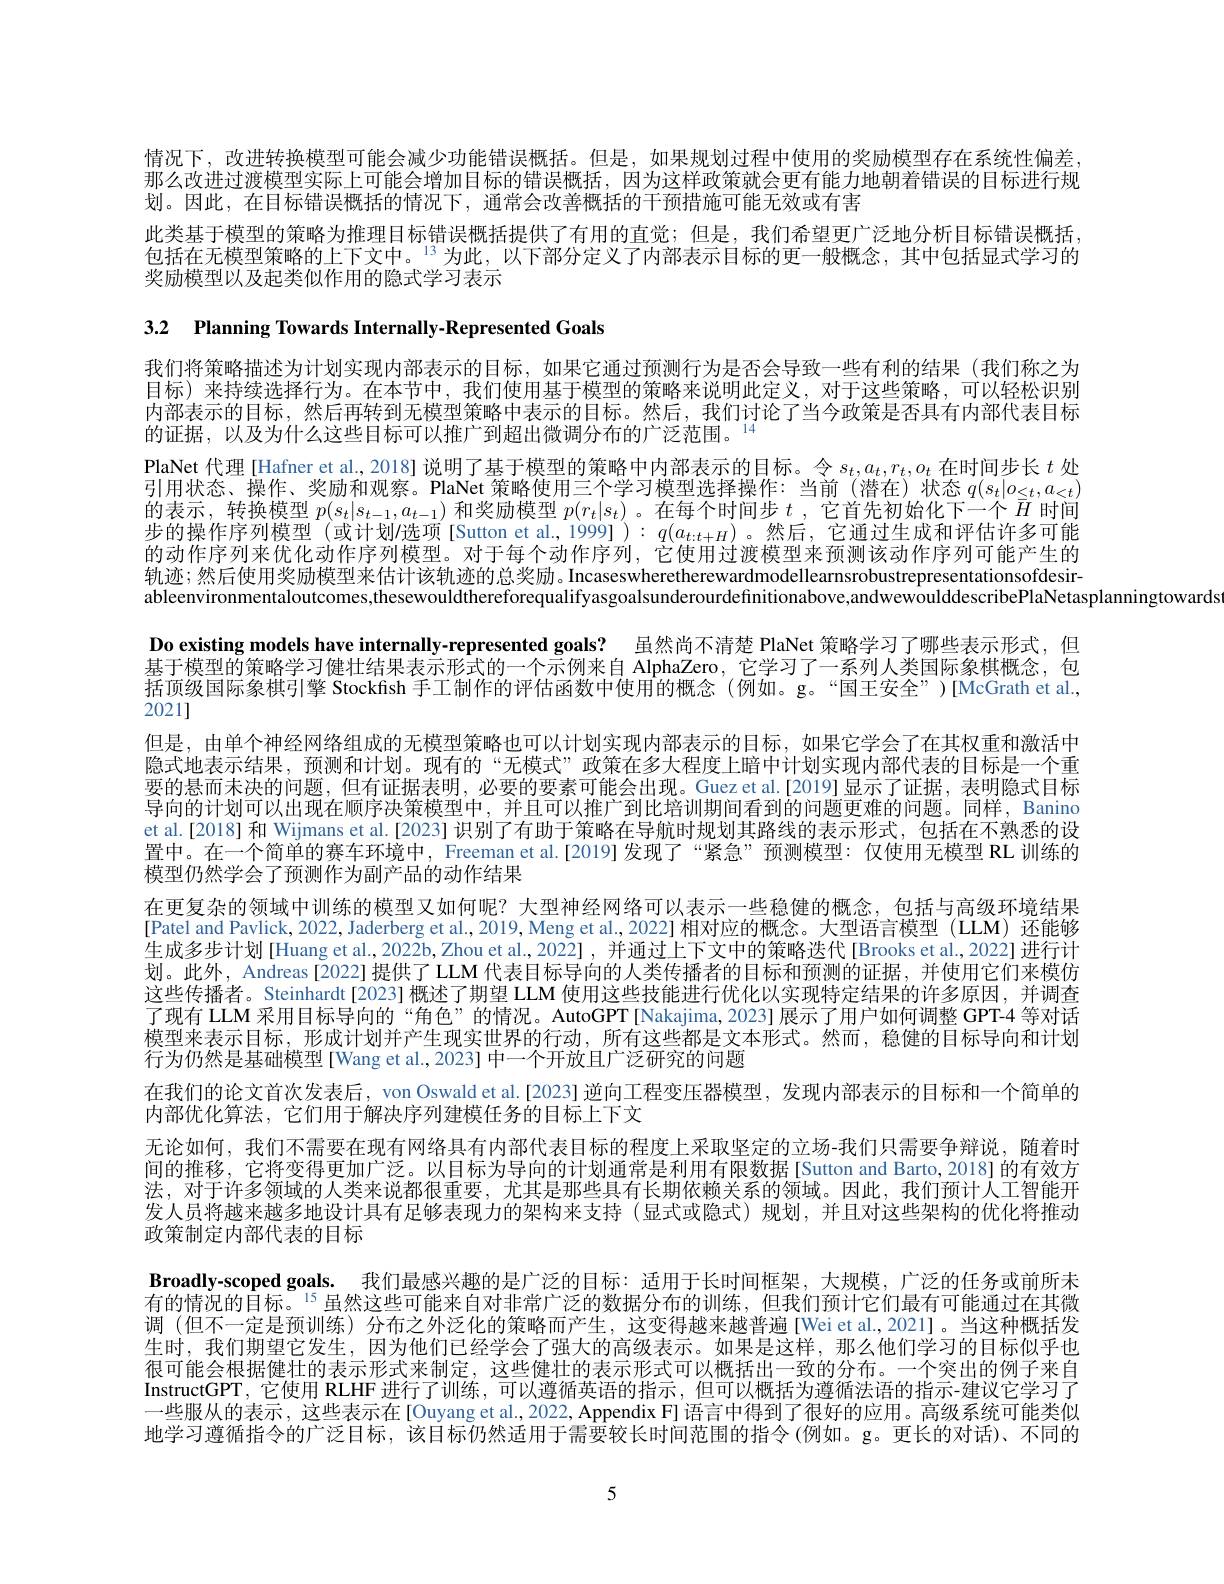
情况下，改进转换模型可能会减少功能错误概括。但是，如果规划过程中使用的奖励模型存在系统性偏差， 那么改进过渡模型实际上可能会增加目标的错误概括，因为这样政策就会更有能力地朝着错误的目标进行规划。因此，在目标错误概括的情况下，通常会改善概括的干预措施可能无效或有害
此类基于模型的策略为推理目标错误概括提供了有用的直觉；但是，我们希望更广泛地分析目标错误概括包括在无模型策略的上下文中。$^{13}$为此，以下部分定义了内部表示目标的更一般概念，其中包括显式学习的奖励模型以及起类似作用的隐式学习表示

括顶级国际象棋引擎 Stockfish 手工制作的评估函数中使用的概念(例如。g。“国王安全”)[McGrath et al.,
2021]

3.2 Planning Towards Internally-Represented Goals
我们将策略描述为计划实现内部表示的目标，如果它通过预测行为是否会导致一些有利的结果(我们称之为目标)来持续选择行为。在本节中，我们使用基于模型的策略来说明此定义，对于这些策略，可以轻松识别内部表示的目标，然后再转到无模型策略中表示的目标。然后，我们讨论了当今政策是否具有内部代表目标的证据。以及为什么这些目标可以推广到超出微调分布的广泛范围。$^{14}$
PlaNet 代理 [Hafner et al., 2018] 说明了基于模型的策略中内部表示的目标。令$s_t,a_t,r_t,o_t$在时间步长$t$处引用状态、操作、奖励和观察。PlaNet 策略使用三个学习模型选择操作：当前(潜在)状态$q(s_t|o_{<t},a_{<t})$ 的表示，转换模型$p(s_t|s_{t-1},a_{t-1})$和奖励模型$p(r_t|s_t)$ 。在每个时间步$t$ ,它首先初始化下一个$\bar{H}$时间步的操作序列模型(或计划$\prime$选项[Sutton et al,1999]):$q(a_t:t+H)$。然后，它通过生成和评估许多可能的动作序列来优化动作序列模型。对于每个动作序列，它使用过渡模型来预测该动作序列可能产生的轨迹；然后使用奖励模型来估计该轨迹的总奖励。Incaseswheretherewardmodellearnsrobustrepresentationsofdesirableenvironmentaloutcomes,thesewouldthereforequalifyasgoalsunderourdefinitionabove,andwewoulddescribePlaNetasplanningtowards
Do existing models have internally-represented goals? 虽然尚不清楚 PlaNet 策略学习了哪些表示形式，但基于模型的策略学习健壮结果表示形式的一个示例来自 AlphaZero, 它学习了一系列人类国际象棋概念，包但是，由单个神经网络组成的无模型策略也可以计划实现内部表示的目标，如果它学会了在其权重和激活中隐式地表示结果，预测和计划。现有的“无模式”政策在多大程度上暗中计划实现内部代表的目标是一个重要的悬而未决的问题，但有证据表明，必要的要素可能会出现。Guez et al.[2019]显示了证据，表明隐式目标导向的计划可以出现在顺序决策模型中，并且可以推广到比培训期间看到的问题更难的问题。同样，Banino et al.[2018] 和 Wijmans et al.[2023] 识别了有助于策略在导航时规划其路线的表示形式，包括在不熟悉的设置中。在一个简单的赛车环境中，Freeman et al.[2019]发现了“紧急”预测模型：仅使用无模型 RL 训练的模型仍然学会了预测作为副产品的动作结果
在更复杂的领域中训练的模型又如何呢？大型神经网络可以表示一些稳健的概念，包括与高级环境结果[Patel and Pavlick, 2022, Jaderberg et al., 2019, Meng et al., 2022] 相对应的概念。大型语言模型(LLM)还能够生成多步计划[Huang et al., 2022b, Zhou et al., 2022] , 并通过上下文中的策略迭代[Brooks et al., 2022] 进行计划。此外，Andreas[2022] 提供了 LLM 代表目标导向的人类传播者的目标和预测的证据，并使用它们来模仿这些传播者。Steinhardt[2023]概述了期望 LLM 使用这些技能进行优化以实现特定结果的许多原因，并调查了现有 LLM 采用目标导向的“角色”的情况。AutoGPT [Nakajima, 2023] 展示了用户如何调整 GPT-4 等对话模型来表示目标，形成计划并产生现实世界的行动，所有这些都是文本形式。然而，稳健的目标导向和计划行为仍然是基础模型[Wang et al.,2023] 中一个开放且广泛研究的问题
在我们的论文首次发表后，von Oswald et al.[2023] 逆向工程变压器模型，发现内部表示的目标和一个简单的
内部优化算法，它们用于解决序列建模任务的目标上下文
无论如何，我们不需要在现有网络具有内部代表目标的程度上采取坚定的立场-我们只需要争辩说，随着时间的推移，它将变得更加广泛。以目标为导向的计划通常是利用有限数据[Sutton and Barto,2018] 的有效方法，对于许多领域的人类来说都很重要，尤其是那些具有长期依赖关系的领域。因此，我们预计人工智能开发人员将越来越多地设计具有足够表现力的架构来支持(显式或隐式)规划，并且对这些架构的优化将推动政策制定内部代表的目标
Broadly-scoped goals. 我们最感兴趣的是广泛的目标：适用于长时间框架，大规模，广泛的任务或前所未有的情况的目标。$^{15}$虽然这些可能来自对非常广泛的数据分布的训练，但我们预计它们最有可能通过在其微调 (但不一定是预训练)分布之外泛化的策略而产生，这变得越来越普遍[Weietal.,2021]。当这种概括发生时，我们期望它发生，因为他们已经学会了强大的高级表示。如果是这样，那么他们学习的目标似乎也很可能会根据健壮的表示形式来制定，这些健壮的表示形式可以概括出一致的分布。一个突出的例子来自InstructGPT,它使用 RLHF 进行了训练，可以遵循英语的指示，但可以概括为遵循法语的指示-建议它学习了一些服从的表示，这些表示在[Ouyang et al., 2022, Appendix F] 语言中得到了很好的应用。高级系统可能类似地学习遵循指令的广泛目标，该目标仍然适用于需要较长时间范围的指令(例如。g。更长的对话)、不同的

5